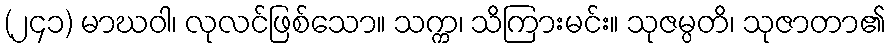
(၂၄၁) မာဃဝါ၊ လုလင်ဖြစ်သော။ သက္က၊ သိကြားမင်း။ သုဇမ္ပတိ၊ သုဇာတာ၏